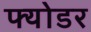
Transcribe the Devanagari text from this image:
फ्योडर